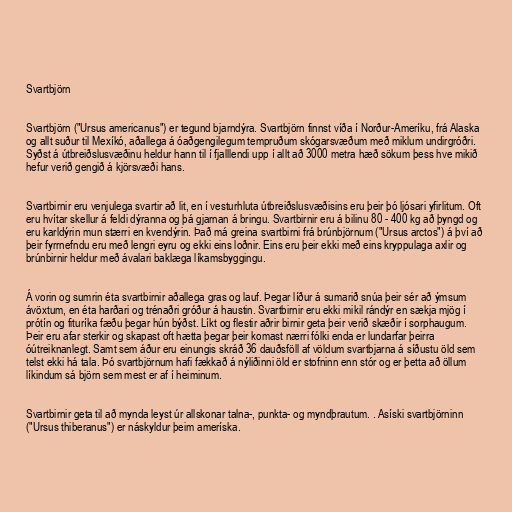
Svartbjörn

Svartbjörn ("Ursus americanus") er tegund bjarndýra. Svartbjörn finnst víða í Norður-Ameríku, frá Alaska
og allt suður til Mexíkó, aðallega á óaðgengilegum tempruðum skógarsvæðum með miklum undirgróðri.
Syðst á útbreiðslusvæðinu heldur hann til í fjalllendi upp í allt að 3000 metra hæð sökum þess hve mikið
hefur verið gengið á kjörsvæði hans.

Svartbirnir eru venjulega svartir að lit, en í vesturhluta útbreiðslusvæðisins eru þeir þó ljósari yfirlitum. Oft
eru hvítar skellur á feldi dýranna og þá gjarnan á bringu. Svartbirnir eru á bilinu 80 - 400 kg að þyngd og
eru karldýrin mun stærri en kvendýrin. Það má greina svartbirni frá brúnbjörnum ("Ursus arctos") á því að
þeir fyrrnefndu eru með lengri eyru og ekki eins loðnir. Eins eru þeir ekki með eins kryppulaga axlir og
brúnbirnir heldur með ávalari baklæga líkamsbyggingu.

Á vorin og sumrin éta svartbirnir aðallega gras og lauf. Þegar líður á sumarið snúa þeir sér að ýmsum
ávöxtum, en éta harðari og trénaðri gróður á haustin. Svartbirnir eru ekki mikil rándýr en sækja mjög í
prótín og fituríka fæðu þegar hún býðst. Líkt og flestir aðrir birnir geta þeir verið skæðir í sorphaugum.
Þeir eru afar sterkir og skapast oft hætta þegar þeir komast nærri fólki enda er lundarfar þeirra
óútreiknanlegt. Samt sem áður eru einungis skráð 36 dauðsföll af völdum svartbjarna á síðustu öld sem
telst ekki há tala. Þó svartbjörnum hafi fækkað á nýliðinni öld er stofninn enn stór og er þetta að öllum
líkindum sá björn sem mest er af í heiminum.

Svart­birn­ir geta til að mynda leyst úr allskon­ar talna-, punkta- og myndþraut­um. . Asíski svartbjörninn
("Ursus thiberanus") er náskyldur þeim ameríska.